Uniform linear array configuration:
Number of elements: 16
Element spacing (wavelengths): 0.75
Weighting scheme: kaiser
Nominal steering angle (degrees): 15
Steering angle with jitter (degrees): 14.628
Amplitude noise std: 0.05
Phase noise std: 0.05

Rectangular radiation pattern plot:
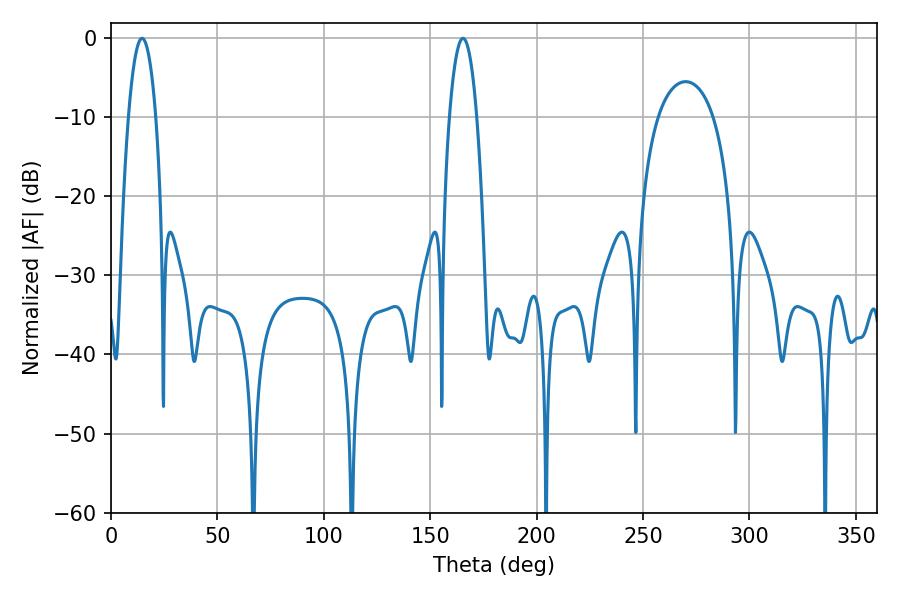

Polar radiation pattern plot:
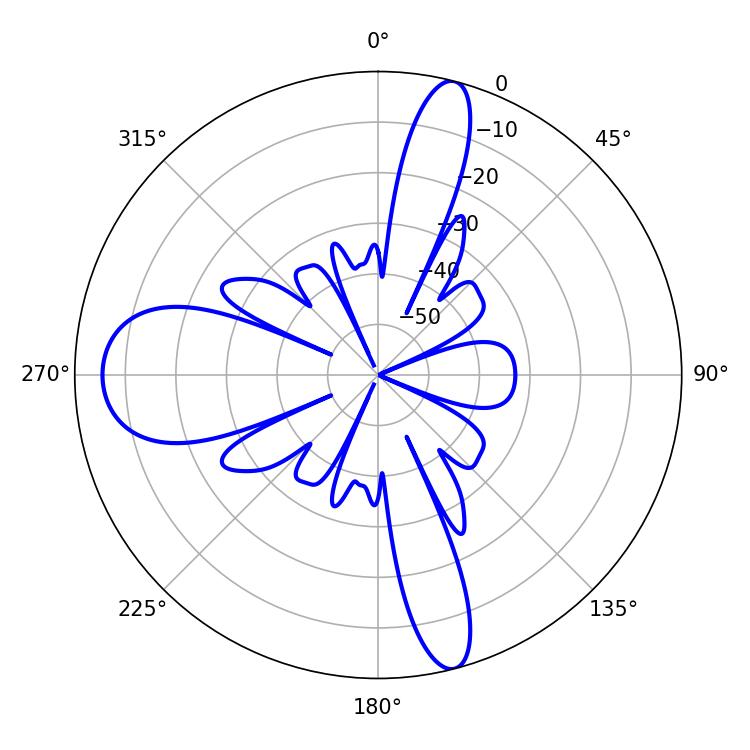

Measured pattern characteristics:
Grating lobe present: TRUE
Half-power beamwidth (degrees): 7.2
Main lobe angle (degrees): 14.58